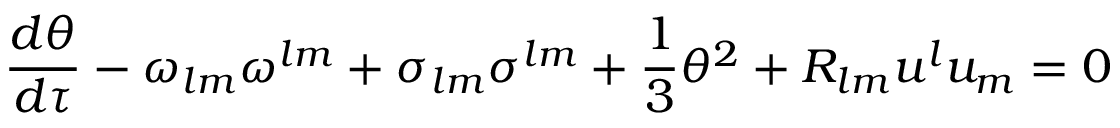
\frac { d \theta } { d \tau } - \omega _ { l m } \omega ^ { l m } + \sigma _ { l m } \sigma ^ { l m } + \frac { 1 } { 3 } \theta ^ { 2 } + R _ { l m } u ^ { l } u _ { m } = 0